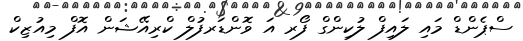
ސްޕެންޑް މައި ލައިފް ލުކިންގް ފޯރ އަ ވޮންޑަރފުލް ކްރިއޭޝަން އޮފް މިއުޒިކް